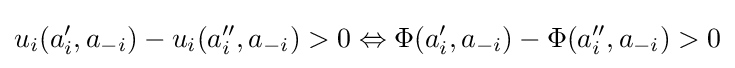
u_{i}(a'_{i},a_{-i})-u_{i}(a''_{i},a_{-i})>0\Leftrightarrow \Phi (a'_{i},a_{-i})-\Phi (a''_{i},a_{-i})>0